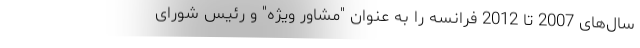
سال‌های 2007 تا 2012 فرانسه را به عنوان "مشاور ویژه" و رئیس شورای